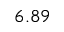
6 . 8 9